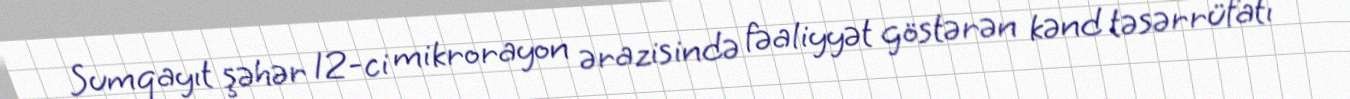
Sumqayıt şəhər 12-ci mikrorayon ərazisində fəaliyyət göstərən kənd təsərrüfatı